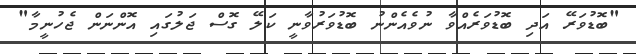
"ބޮޑުވަރޭ އަދި ބޮޑުވަރެއްވާ ނުވެއެންނު ބޮޑުވަރުވާނީ ކަލޭ ގޮސް ޖަލުގައި އޮންނަން ޖެހުނީމާ"